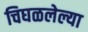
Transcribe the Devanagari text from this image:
चिघळलेल्या